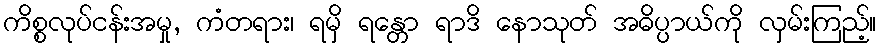
ကိစ္စလုပ်ငန်းအမှု, ကံတရား၊ ရမှိ ရန္တော ရာဒိ နောသုတ် အဓိပ္ပာယ်ကို လှမ်းကြည့်။